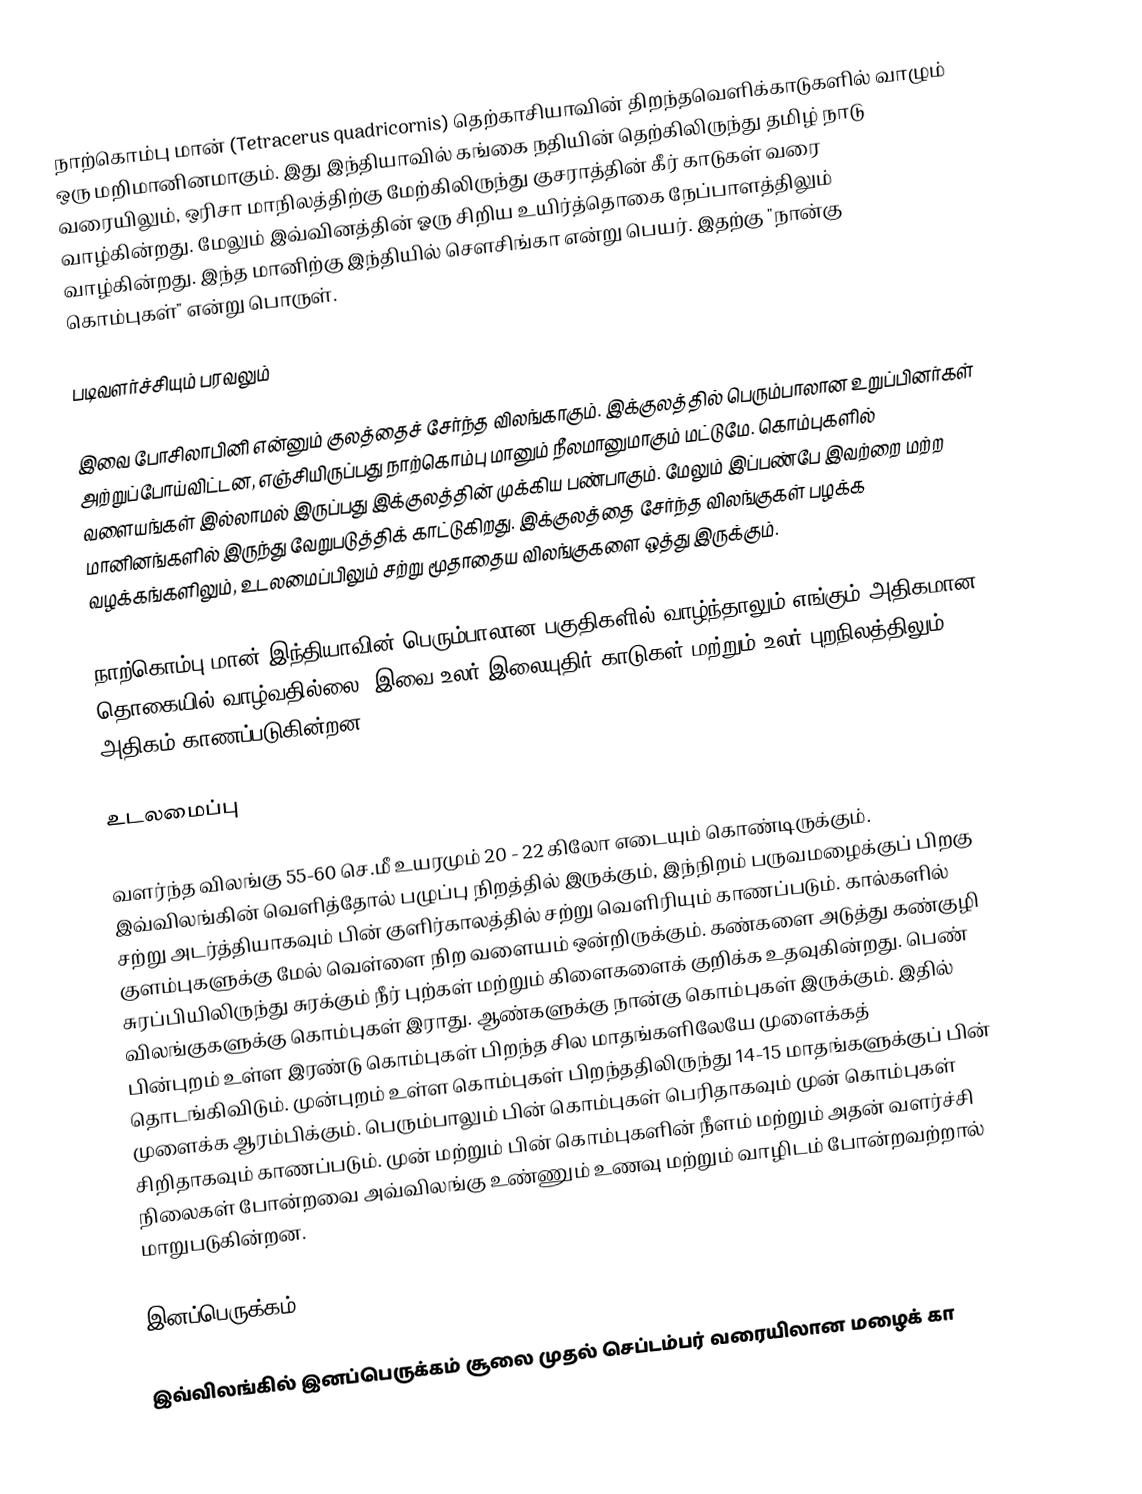
நாற்கொம்பு மான் (Tetracerus quadricornis) தெற்காசியாவின் திறந்தவெளிக்காடுகளில் வாழும் ஒரு மறிமானினமாகும். இது இந்தியாவில் கங்கை நதியின் தெற்கிலிருந்து தமிழ் நாடு வரையிலும், ஒரிசா மாநிலத்திற்கு மேற்கிலிருந்து குசராத்தின் கீர் காடுகள் வரை வாழ்கின்றது. மேலும் இவ்வினத்தின் ஓரு சிறிய உயிர்த்தொகை நேப்பாளத்திலும் வாழ்கின்றது. இந்த மானிற்கு இந்தியில் செளசிங்கா என்று பெயர். இதற்கு "நான்கு கொம்புகள்" என்று பொருள்.

படிவளர்ச்சியும் பரவலும்

இவை போசிலாபினி என்னும் குலத்தைச் சேர்ந்த விலங்காகும். இக்குலத்தில் பெரும்பாலான உறுப்பினர்கள் அற்றுப்போய்விட்டன, எஞ்சியிருப்பது நாற்கொம்பு மானும் நீலமானுமாகும் மட்டுமே. கொம்புகளில் வளையங்கள் இல்லாமல் இருப்பது இக்குலத்தின் முக்கிய பண்பாகும். மேலும் இப்பண்பே இவற்றை மற்ற மானினங்களில் இருந்து வேறுபடுத்திக் காட்டுகிறது. இக்குலத்தை சேர்ந்த விலங்குகள் பழக்க வழக்கங்களிலும், உடலமைப்பிலும் சற்று மூதாதைய விலங்குகளை ஒத்து இருக்கும்.

நாற்கொம்பு மான் இந்தியாவின் பெரும்பாலான பகுதிகளில் வாழ்ந்தாலும் எங்கும் அதிகமான தொகையில் வாழ்வதில்லை. இவை உலர் இலையுதிர் காடுகள் மற்றும் உலர் புறநிலத்திலும் அதிகம் காணப்படுகின்றன.

உடலமைப்பு

வளர்ந்த விலங்கு 55-60 செ.மீ உயரமும் 20 - 22 கிலோ எடையும் கொண்டிருக்கும். இவ்விலங்கின் வெளித்தோல் பழுப்பு நிறத்தில் இருக்கும், இந்நிறம் பருவமழைக்குப் பிறகு சற்று அடர்த்தியாகவும் பின் குளிர்காலத்தில் சற்று வெளிரியும் காணப்படும். கால்களில் குளம்புகளுக்கு மேல் வெள்ளை நிற வளையம் ஒன்றிருக்கும். கண்களை அடுத்து கண்குழி சுரப்பியிலிருந்து சுரக்கும் நீர் புற்கள் மற்றும் கிளைகளைக் குறிக்க உதவுகின்றது. பெண் விலங்குகளுக்கு கொம்புகள் இராது. ஆண்களுக்கு நான்கு கொம்புகள் இருக்கும். இதில் பின்புறம் உள்ள இரண்டு கொம்புகள் பிறந்த சில மாதங்களிலேயே முளைக்கத் தொடங்கிவிடும். முன்புறம் உள்ள கொம்புகள் பிறந்ததிலிருந்து 14-15 மாதங்களுக்குப் பின் முளைக்க ஆரம்பிக்கும். பெரும்பாலும் பின் கொம்புகள் பெரிதாகவும் முன் கொம்புகள் சிறிதாகவும் காணப்படும். முன் மற்றும் பின் கொம்புகளின் நீளம் மற்றும் அதன் வளர்ச்சி நிலைகள் போன்றவை அவ்விலங்கு உண்ணும் உணவு மற்றும் வாழிடம் போன்றவற்றால் மாறுபடுகின்றன.

இனப்பெருக்கம்

இவ்விலங்கில் இனப்பெருக்கம் சூலை முதல் செப்டம்பர் வரையிலான மழைக் கா